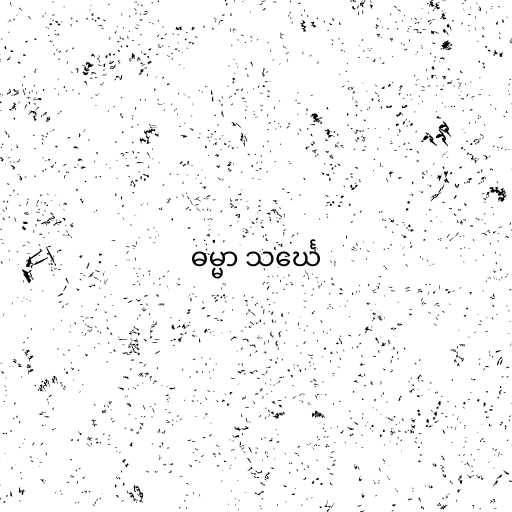
ဓမ္မာ သင်္ဃေ